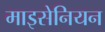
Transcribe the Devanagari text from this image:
माइसेनियन